Indian journal of veterinary science and animal husbandry - Volume 9,
Year: 1939
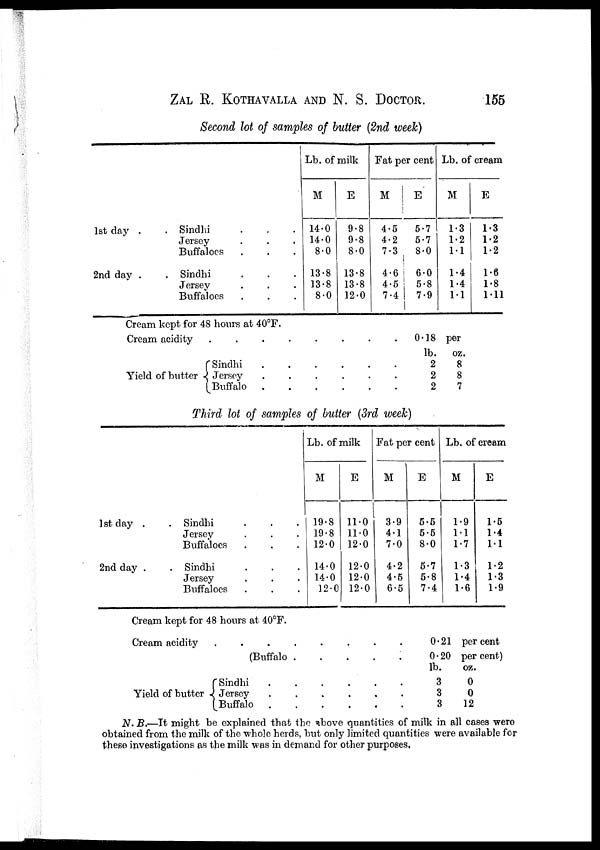
ZAL R. KOTHAVALLA AND N. S.
DOCTOR.
155
Second lot of samples of butter (2nd week)
1st day
.
.
2nd day
.
.
Sindhi . . .
Jersey . . .
Buffaloes . . .
Sindhi . . .
Jersey . . .
Buffaloes . . .
Lb. of milk
M
14.0
14.0
8.0
13.8
13.8
8.0
E
9.8
9.8
8.0
13.8
13.8
12.0
Fat per cent
M
4.5
4.2
7.3
4.6
4.5
7.4
E
5.7
5.7
8.0
6.0
5.8
7.9
Lb. of cream
M
1.3
1.2
1.1
1.4
1.4
1.1
E
1.3
1.2
1.2
1.6
1.8
1.11
Cream kept for 48 hours at 40°F.
Cream acidity . . . . . . . .
Yield of butter {
Sindhi . . . . . .
Jersey . . . . . .
Buffalo . . . . . .
0.18
lb.
2
2
2
per
oz.
8
8
7
Third lot of samples of butter (3rd week)
1 st day
.
.
2nd day
.
.
Sindhi
.
.
.
Jersey
.
.
.
Buffaloes . . .
Sindhi . . .
Jersey . . .
Buffaloes . . .
Lb. of milk
M
19.8
19.8
12.0
14.0
14.0
12.0
E
11.0
11.0
12.0
12.0
12.0
12.0
Fat per cent
M
3.9
4.1
7.0
4.2
4.5
6.5
E
5.5
5.5
8.0
5.7
5.8
7.4
Lb. of cream
M
1.9
1.1
1.7
1.3
1.4
1.6
E
1.5
1.4
1.1
1.2
1.3
1.9
Cream kept for 48 hours at 40°F.
Cream acidity
.
.
.
.
.
.
.
.
Yield of butter
(Buffalo
.
.
.
.
.
.
Sindhi . . . . . .
Jersey . . . . . .
Buffalo . . . . . .
0.21
0.20
lb.
3
3
3
per cent
per cent)
oz.
0
0
12
N. B.—It might be explained that the above quantities of milk in all cases were
obtained from the milk of the whole herds, but only limited quantities were available for
these investigations as the milk was in demand for other purposes.